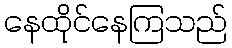
နေထိုင်နေကြသည်